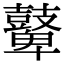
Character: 鼙